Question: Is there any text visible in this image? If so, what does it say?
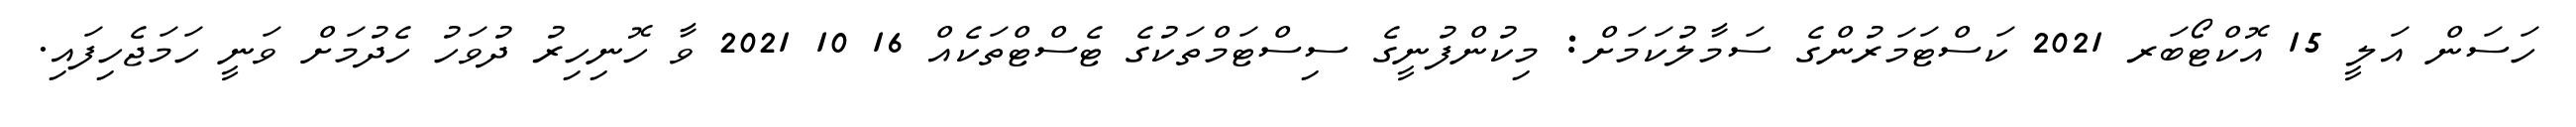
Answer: ހަސަން އަލީ 15 އޮކްޓޯބަރ 2021 ކަސްޓަމަރުންގެ ސަމާލުކަމަށް: މިކުންފުނީގެ ސިސްޓަމްތަކުގެ ޓެސްޓްތަކެއް 16 10 2021 ވާ ހޮނިހިރު ދުވަހު ހެދުމަށް ވަނީ ހަމަޖެހިފައި.